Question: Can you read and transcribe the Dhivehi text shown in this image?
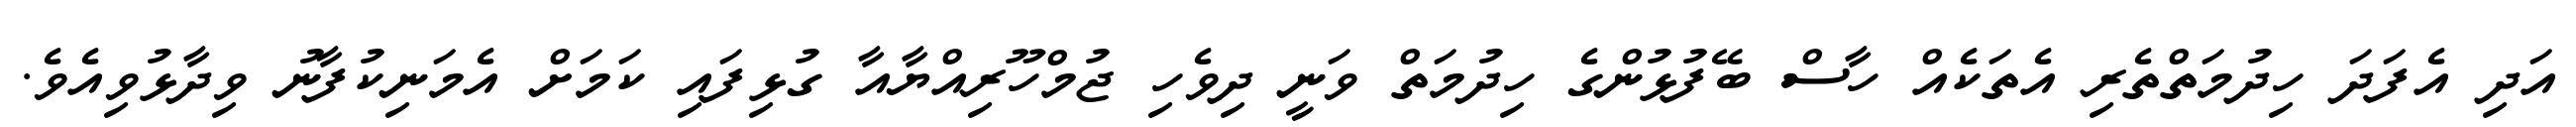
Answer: އަދި އެފަދަ ހިދުމަތްތެރި އެތަކެއް ހާސް ބޭފުޅުންގެ ހިދުމަތް ވަނީ ދިވެހި ޖުމްހޫރިއްޔާއާ ގުޅިފައި ކަމަށް އެމަނިކުފާނު ވިދާޅުވިއެވެ.